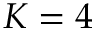
K = 4